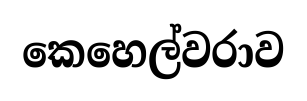
කෙහෙල්වරාව